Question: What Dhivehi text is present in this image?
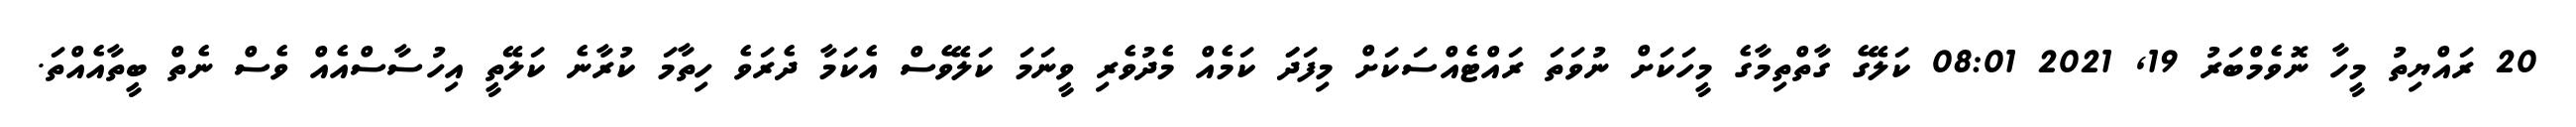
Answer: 20 ރައްޔިތު މީހާ ނޮވެމްބަރު 19, 2021 08:01 ކަލޭގެ ގާތްތިމާގެ މީހަކަށް ނުވަތަ ރައްޓެއްސަކަށް މިފަދަަ ކަމެއް މެދުވެރި ވީނަމަ ކަލޭވެސް އެކަމާ ދެރަވެ ހިތާމަ ކުރާނެ ކަލޭތީ އިހުސާސްއެއް ވެސް ނެތް ބީތާއެއްތަ.